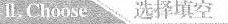
Ⅱ.Choose 选择填空